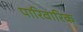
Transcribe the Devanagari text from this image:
पारिवारिक